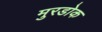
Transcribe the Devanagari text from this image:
मुरडोक